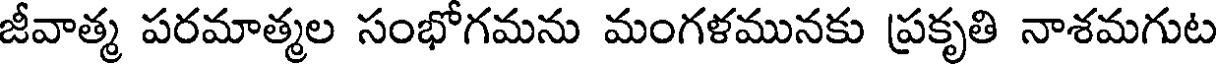
జీవాత్మ పరమాత్మల సంభోగమను మంగళమునకు ప్రకృతి నాశమగుట